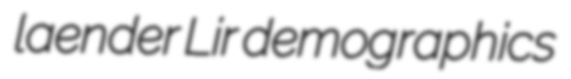
laender Lir demographics